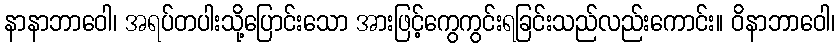
နာနာဘာဝေါ၊ အရပ်တပါးသို့ပြောင်းသော အားဖြင့်ကွေကွင်းရခြင်းသည်လည်းကောင်း။ ဝိနာဘာဝေါ၊